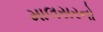
માલસરનો